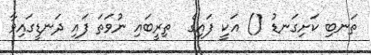
ތަނބި ކަށިގަނޑު () އަކީ ފައިގެ  ތިރީބައި ނުވަތަ ފައި ދަނޑީގައިވާ